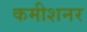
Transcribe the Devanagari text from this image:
कमीशनर